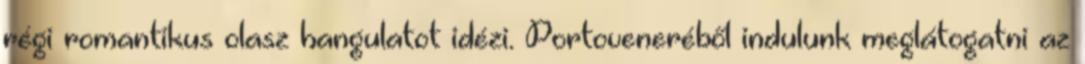
régi romantikus olasz hangulatot idézi. Portoveneréből indulunk meglátogatni az